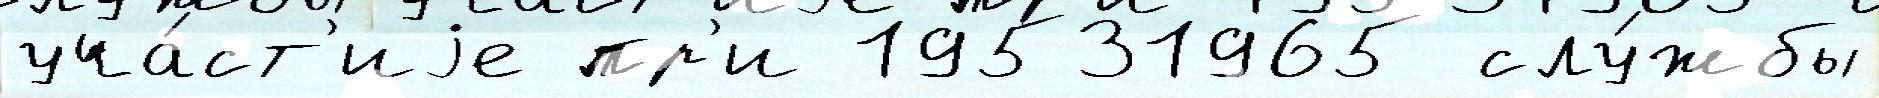
уча́ст'иjе пр'и 19531965 слу́жбы